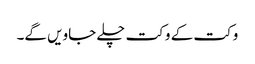
وکت کے وکت چلے جاویں گے۔